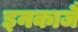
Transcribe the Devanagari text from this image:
इनकाजै